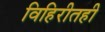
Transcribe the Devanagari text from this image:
विहिरीतही